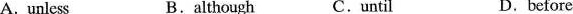
A. unless B.although C.until D.before